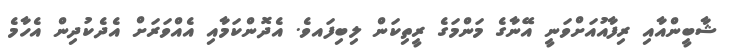
ޝާބީންއާއި ރިފާއުއަށްވަނީ އޭނާގެ މަންމަގެ ރީތިކަން ލިބިފައވެ. އެދޮންކަމާއި އެއްވަރަށް އެދެކުދިން އެހާމެ